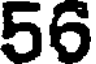
56